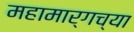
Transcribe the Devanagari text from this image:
महामार्गच्या